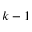
k - 1